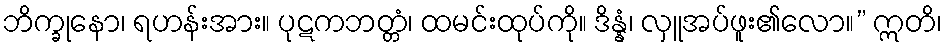
ဘိက္ခုနော၊ ရဟန်းအား။ ပုဋကဘတ္တံ၊ ထမင်းထုပ်ကို။ ဒိန္နံ၊ လှူအပ်ဖူး၏လော။” ဣတိ၊